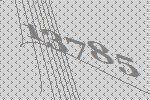
13785